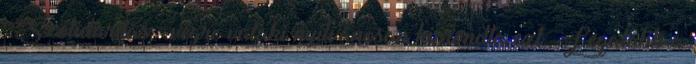
Szolidaritás – végre valaki nyilvánosan kimondta ezt. Legalább a